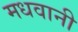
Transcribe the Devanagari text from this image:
मधवानी